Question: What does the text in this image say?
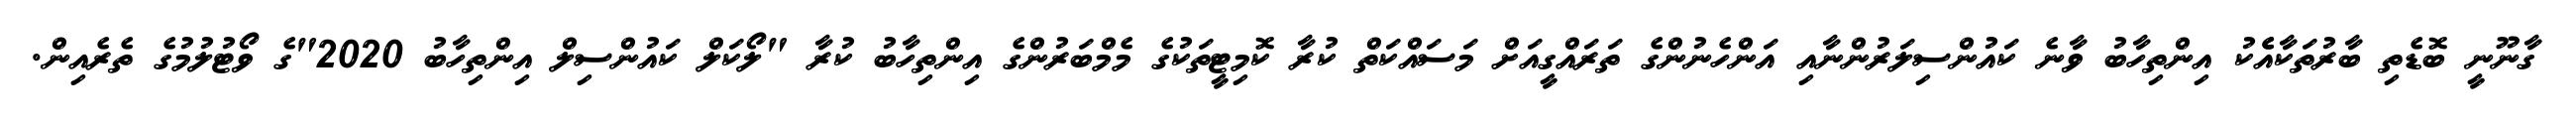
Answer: ގާނޫނީ ބޮޑެތި ބާރުތަކާއެެކު އިންތިހާބު ވާނެ ކައުންސިލަރުންނާއި އަންހެނުންގެ ތަރައްގީއަށް މަސައްކަތް ކުރާ ކޮމިޓީތަކުގެ މެމްބަރުންގެ އިންތިހާބު ކުރާ "ލޯކަލް ކައުންސިލް އިންތިހާބު 2020"ގެ ވޯޓުލުމުގެ ތެރެއިން.